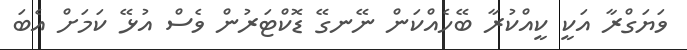
ވަޔަގްރާ އަކީ ކީއްކުރާ ބޭހެއްކަން ނޭނގޭ ޑޮކްޓަރުން ވެސް އުޅޭ ކަމަށް އެބަ